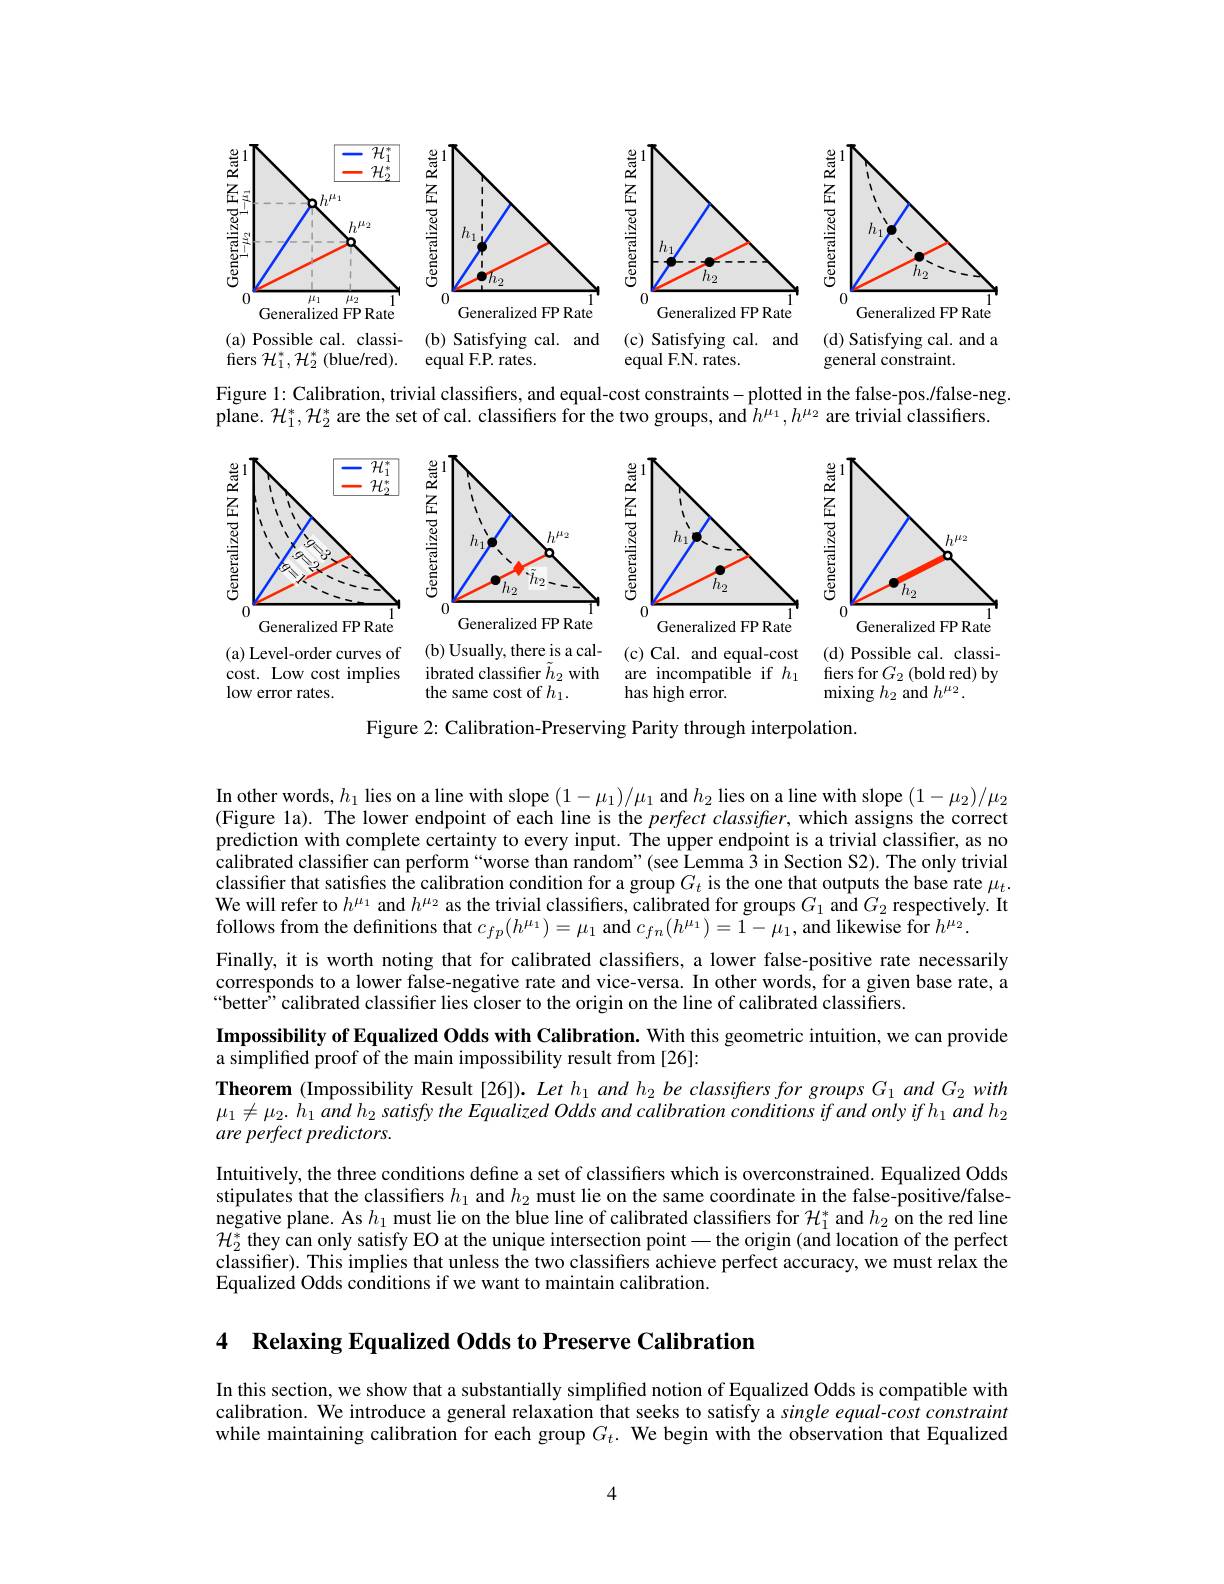
<FigureHere>

Figure 1: Calibration, trivial classifers, and equal-cost constraints-plotted in the false-pos./false-neg.
plane. $\mathcal{H}_1^*,\mathcal{H}_2^*$ are the set of cal. classifiers for the two groups, and $h^\mu_1,h^{\mu_2}$ are trivial classifiers.

<FigureHere>

Figure 2: Calibration-Preserving Parity through interpolation.

In other words, $h_1$ lies on a line with slope $(1-\mu_1)/\mu_1$ and $h_2$ lies on a line with slope $(1-\mu_2)/\mu_2$ (Figure la). The lower endpoint of each line is the $perfect\textit{classifier, which assigns the correct}$ prediction with complete certainty to every input. The upper endpoint is a trivial classifier, as no calibrated classifier can perform“worse than random”(see Lemma 3 in Section S2). The only trivial classifier that satisfies the calibration condition for a group $G_t$ is the one that outputs the base rate $\mu_t.$ We will refer to $h^\mu_1$ and $h^\mu_2$ as the trivial classifiers, calibrated for groups $G_1$ and $G_2$ respectively. It follows from the definitions that $c_fp(h^{\mu_1})=\mu_1$ and $c_fn(h^{\mu_1})=1-\mu_1$, and likewise for $h^{\mu_2}.$
Finally, it is worth noting that for calibrated classifiers, a lower false-positive rate necessarily corresponds to a lower false-negative rate and vice-versa. In other words, for a given base rate, a “better”calibrated classifier lies closer to the origin on the line of calibrated classifiers.

$\textbf{Impossibility of Equalized Odds with Calibration. With this geometric intuition, we can provide}$
a simplified proof of the main impossibility result from [26]:

Theorem (Impossibility Result[26]). Let $h_1$ and h$_2$ be classifters for groups $G_1$ and $G_2$ with $\mu _{1}\neq \mu _{2}. h_{1}and$ $h_{2}$ satisfy the Equalized Odds and calibration conditions $if$ and only $if$ $h_{1}$ and $h_{2}$ are perfect predictors.

Intuitively, the three conditions define a set of classifiers which is overconstrained. Equalized Odds stipulates that the classifiers $h_1$ and $h_2$ must lie on the same coordinate in the false-positive/falsenegative plane. As $h_1$ must lie on the blue line of calibrated classifiers for $\mathcal{H}_1^*$ and $h_2$ on the red line $\mathcal{H}_2^*$ they can only satisfy EO at the unique intersection point— the origin (and location of the perfect classifier). This implies that unless the two classifiers achieve perfect accuracy, we must relax the Equalized Odds conditions if we want to maintain calibration.

4 Relaxing Equalized Odds to Preserve Calibration

In this section, we show that a substantially simplified notion of Equalized Odds is compatible with calibration. We introduce a general relaxation that seeks to satisfy a single equal-cost constraint while maintaining calibration for each group $G_t.$ We begin with the observation that Equalized

4